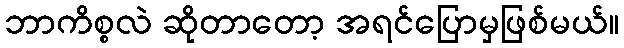
ဘာကိစ္စလဲ ဆိုတာတော့ အရင်ပြောမှဖြစ်မယ်။